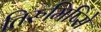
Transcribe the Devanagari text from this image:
तिरुमिष्सिे